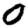
Digit: 0